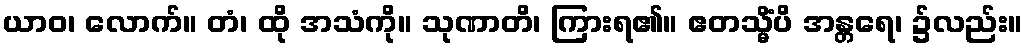
ယာဝ၊ လောက်။ တံ၊ ထို အသံကို။ သုဏာတိ၊ ကြားရ၏။ ဧတသ္မိံပိ အန္တရေ၊ ၌လည်း။